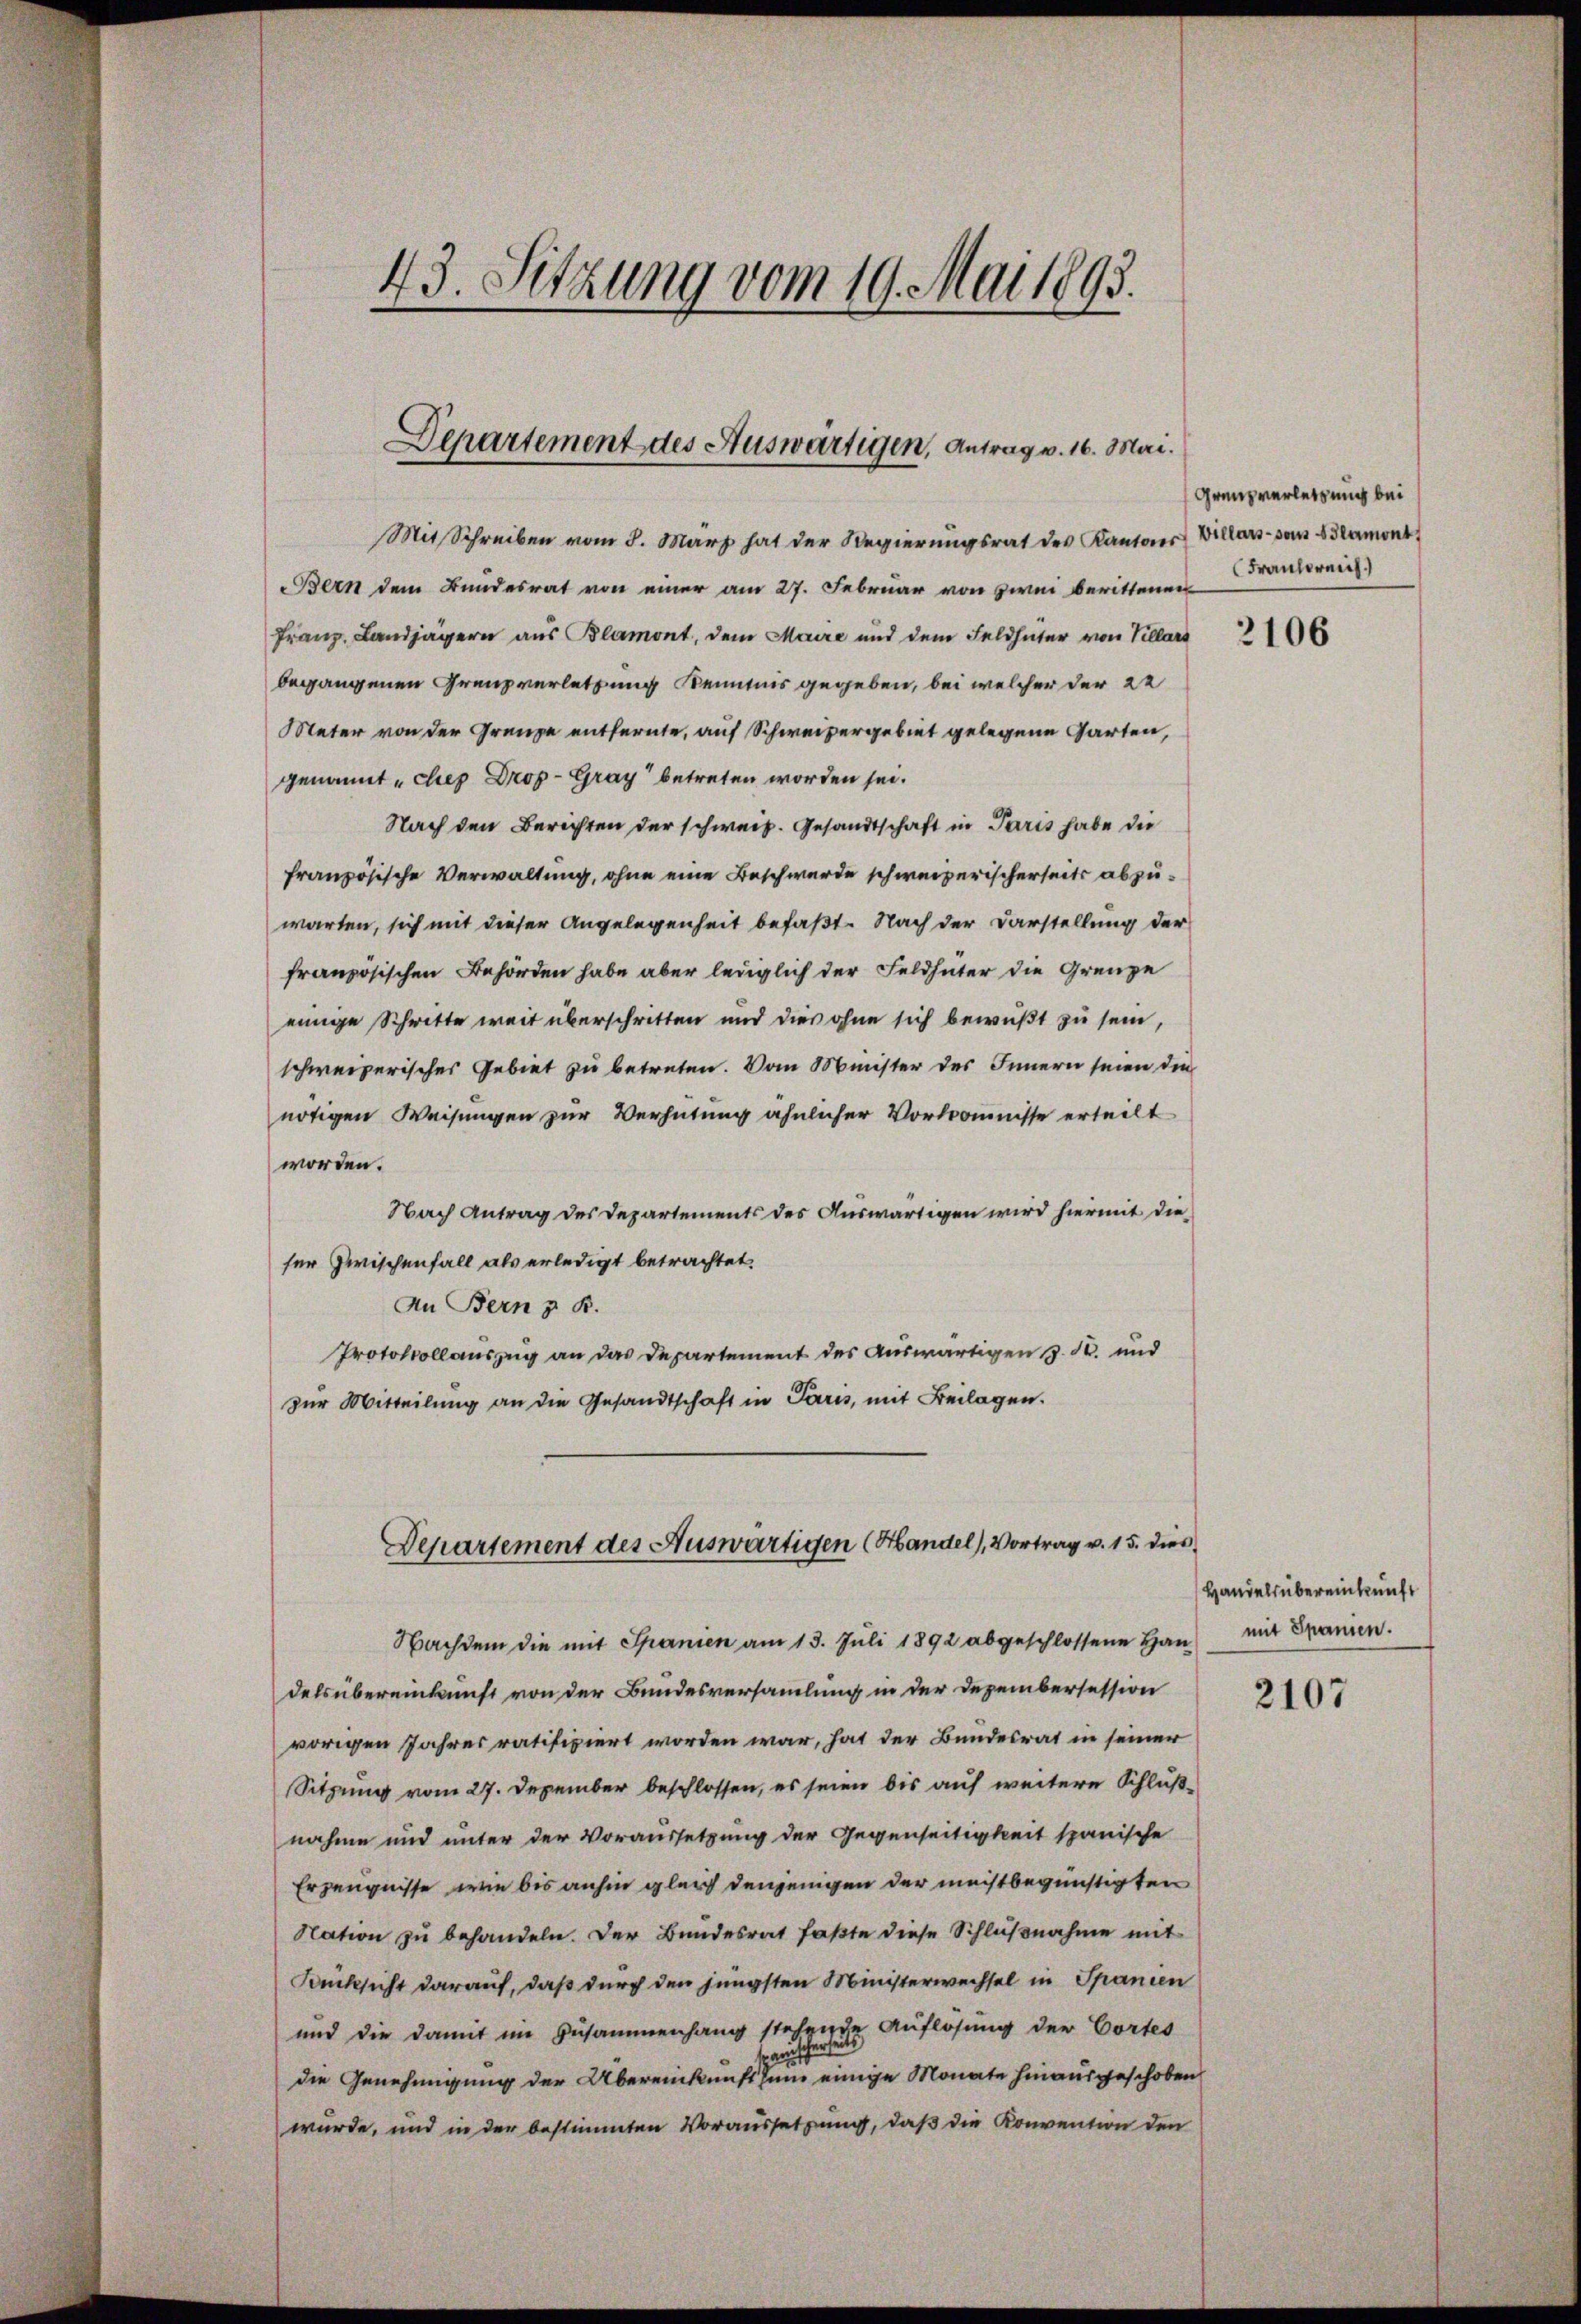
43. Sitzung vom 19. Mai 1893.

Departement des Auswärtigen, Antrag v. 16. Mai.

Mit Schreiben vom 8. März hat der Regierungsrat des Kantons Villars von Harmont
Bern dem Bundesrat von einer am 27. Februar von zwei berittenen
Franz, Landjägern aus Blamont, dem Maire und dem Feldhüter von Villars
begangenen Grenzverletzung Kenntnis gegeben, bei welcher der 22
Meter von der Grenze entfernte, auf Schweizergebiet gelegene Garten,
genannt „chep Drop- Graz betreten worden sei.
Nach den Berichten der schweiz. Gesandtschaft in Paris habe die
französische Verwaltung, ohne eine Beschwerde schweizerischerseits abzuwarten, sich mit dieser Angelegenheit befaßt. Nach der Darstellung der
französischen Behörden habe aber lediglich der Feldhüter die Grenze
einige Schritte weit überschritten und dies ohne sich bewußt zu sein,
schweizerisches Gebiet zu betreten. Vom Minister des Innern seien die
nötigen Weisungen zur Verhütung ähnlicher Vorkomnisse erteilt
worden.
Nach Antrag des Departements des Auswärtigen wird hiermit die
ser Zwischenfall als erledigt betrachtet.
An Bern z. B.
Protokollauszug an das Departement des Auswärtigen z. K. und
zur Mitteilung an die Gesandtschaft in Paris, mit Beilagen.
Departement des Auswärtigen (Handel, Vortrag v. 15. dies
Nachdem die mit Spanien am 13. Jŭli 1892 abgeschlossene Haŭs mit Spanien.
dels übereinkunft von der Bundesversammlung in der Dezembersession
vorigen Jahres ratifiziert worden war, hat der Bundesrat in seiner
Sitzung vom 27. Dezember beschlossen, es seien bis auf weitere Schlußnahme und unter der Voraussetzung der Gegenseitigkeit spanische
Erzeugnisse, wie bis anhin gleich denjenigen der meistbegünstigten
Nation zu behandeln. Der Bundesrat faßte diese Schlußnahme mit
Ducksicht darauf, daß durch den jüngsten Ministerwechsel in Spanien
und die damit im Zusammenhang stehende Auflösung der Cortes
sei
die Genehmigung der Übereinkunft zum einige Monate hinausgeschoben
wurde, und in der bestimmten Voraussetzung, daß die Konvention den

Grenz verletzung bei
Frankreich

2106

Handels übereinkunft

2107